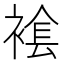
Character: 𧛛